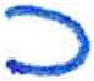
אות: כ